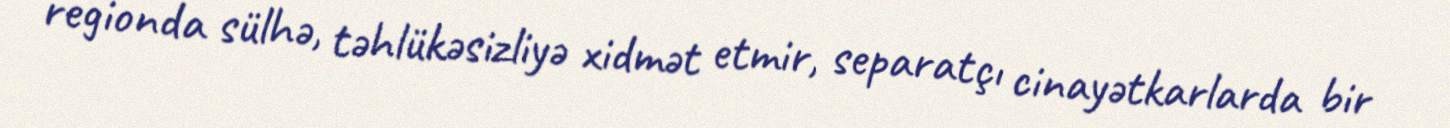
regionda sülhə, təhlükəsizliyə xidmət etmir, separatçı cinayətkarlarda bir